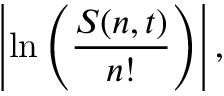
\left| \ln \left( { \frac { S ( n , t ) } { n ! } } \right) \right| ,